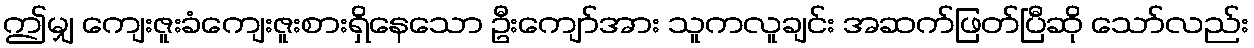
ဤမျှ ကျေးဇူးခံကျေးဇူးစားရှိနေသော ဦးကျော်အား သူကလူချင်း အဆက်ဖြတ်ပြီဆို သော်လည်း